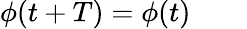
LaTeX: \phi(t+T)=\phi(t)\quad\quad{}